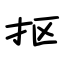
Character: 抠